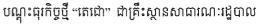
បណ្តូះធុរកិច្ចថ្មី "តេជោ" ជាគ្រឹះស្ថានសាធារណៈរដ្ឋបាល